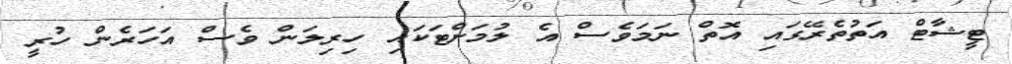
ޓީޝާޓް އަތުތެރޭގައި އޮތް ނަމަވެސް އެ ލުމަށްޓަކައި ހިރިލަން ވެސް އަހަރެން ހުރީ